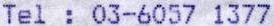
TEL : 03-6057 1377